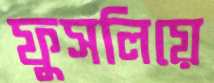
ফুসলিয়ে